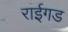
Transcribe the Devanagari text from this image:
राईगड